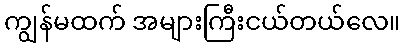
ကျွန်မထက် အများကြီးငယ်တယ်လေ။